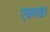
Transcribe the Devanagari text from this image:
एकक्खर